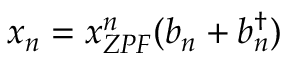
x _ { n } = x _ { Z P F } ^ { n } ( b _ { n } + b _ { n } ^ { \dagger } )